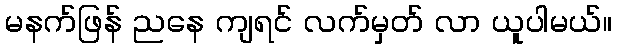
မနက်ဖြန် ညနေ ကျရင် လက်မှတ် လာ ယူပါမယ်။